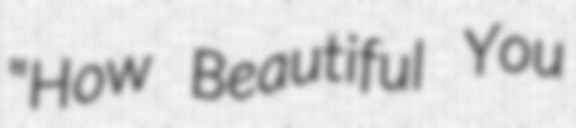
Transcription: "How Beautiful You